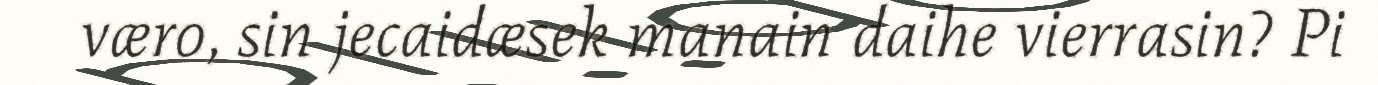
væro, sin jecaidæsek manain daihe vierrasin? Pi